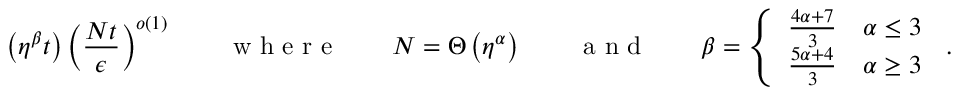
\left( \eta ^ { \beta } t \right) \left( \frac { N t } { \epsilon } \right) ^ { o ( 1 ) } \qquad \textrm { w h e r e } \qquad N = \Theta \left( \eta ^ { \alpha } \right) \qquad \textrm { a n d } \qquad \beta = \left\{ \begin{array} { l l } { \frac { 4 \alpha + 7 } { 3 } } & { \alpha \leq 3 } \\ { \frac { 5 \alpha + 4 } { 3 } } & { \alpha \geq 3 } \end{array} \right. \, .